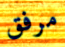
مرفق